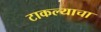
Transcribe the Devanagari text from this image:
टाकल्याचा